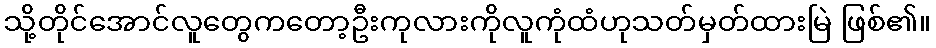
သို့တိုင်အောင်လူတွေကတော့ဦးကုလားကိုလူကုံထံဟုသတ်မှတ်ထားမြဲ ဖြစ်၏။